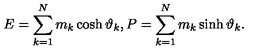
E = \sum _ { k = 1 } ^ { N } m _ { k } \cosh \vartheta _ { k } , P = \sum _ { k = 1 } ^ { N } m _ { k } \sinh \vartheta _ { k } .